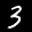
Label: 3